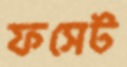
ফসেট